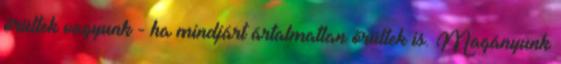
őrültek vagyunk - ha mindjárt ártalmatlan őrültek is. Magányunk